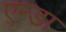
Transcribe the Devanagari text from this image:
एन्डा